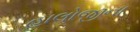
હાલોજીના